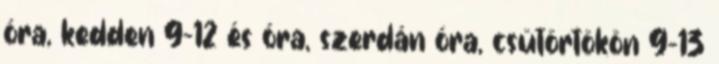
óra, kedden 9-12 és óra, szerdán óra, csütörtökön 9-13